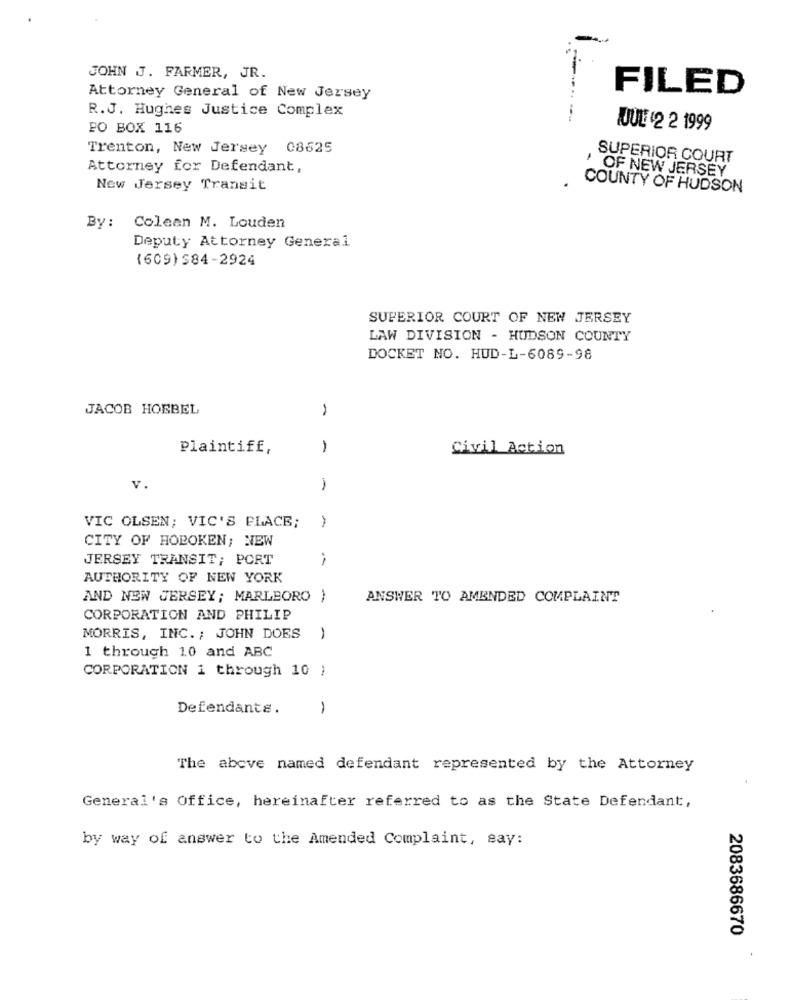
JOHN J. FARMER, JR.
FILED
Attorney General of New Jersey
R.J. Hughes Justice Complex
PO BOX 116
JUUL 12 2 1999
Trenton, New Jersey 08625
SUPERIOR COURT
Attorney for Defendant,
' OF NEW JERSEY
New Jersey Transit
COUNTY OF HUDSON
By:
Colean M. Louden
Deputy Attorney General
(609) S84-2924
SUPERIOR COURT OF NEW JERSEY
LAW DIVISION - HUDSON COUNTY
DOCKET NO. HUD-L-6089-98
JACOB HOEBEL
Plaintiff,
1
Civil Action
V.
1
VIC OLSEN; VIC'S PLACE;
-
CITY OF HOBOKEN; NEW
JERSEY TRANSIT; PORT
AUTHORITY OF NEW YORK
AND NEW JERSEY; MARLBORO }
ANSWER TO AMENDED COMPLAINT
CORPORATION AND PHILIP
MORRIS, INC. ; JOHN DOES
1
1 through 10 and ABC
CORPORATION 1 through 10 )
Defendants.
-
The above named defendant represented by the Attorney
General's Office, hereinafter referred to as the State Defendant,
by way of answer to the Amended Complaint, say:
2083686670